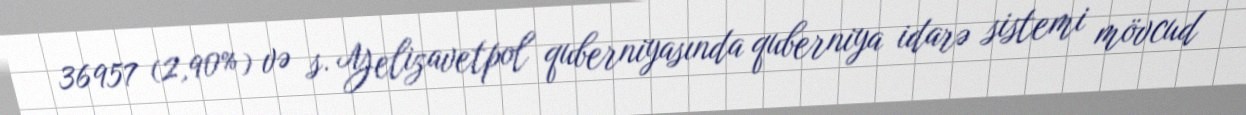
36957 (2,90%) və s. Yelizavetpol quberniyasında quberniya idarə sistemi mövcud